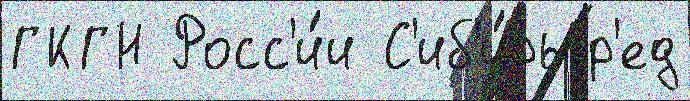
ГКГН Росс'и́и С'иб'и́рь р'ед